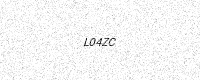
Text: L04ZC